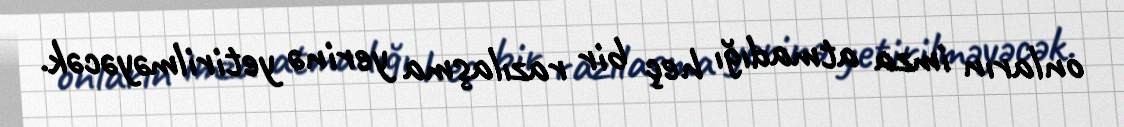
onların imza atmadığı heç bir razılaşma yerinə yetirilməyəcək.